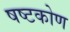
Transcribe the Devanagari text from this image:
षष्टकोण